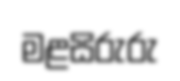
මළසිරුරු